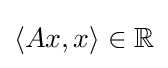
\langle Ax,x\rangle \in \mathbb {R}